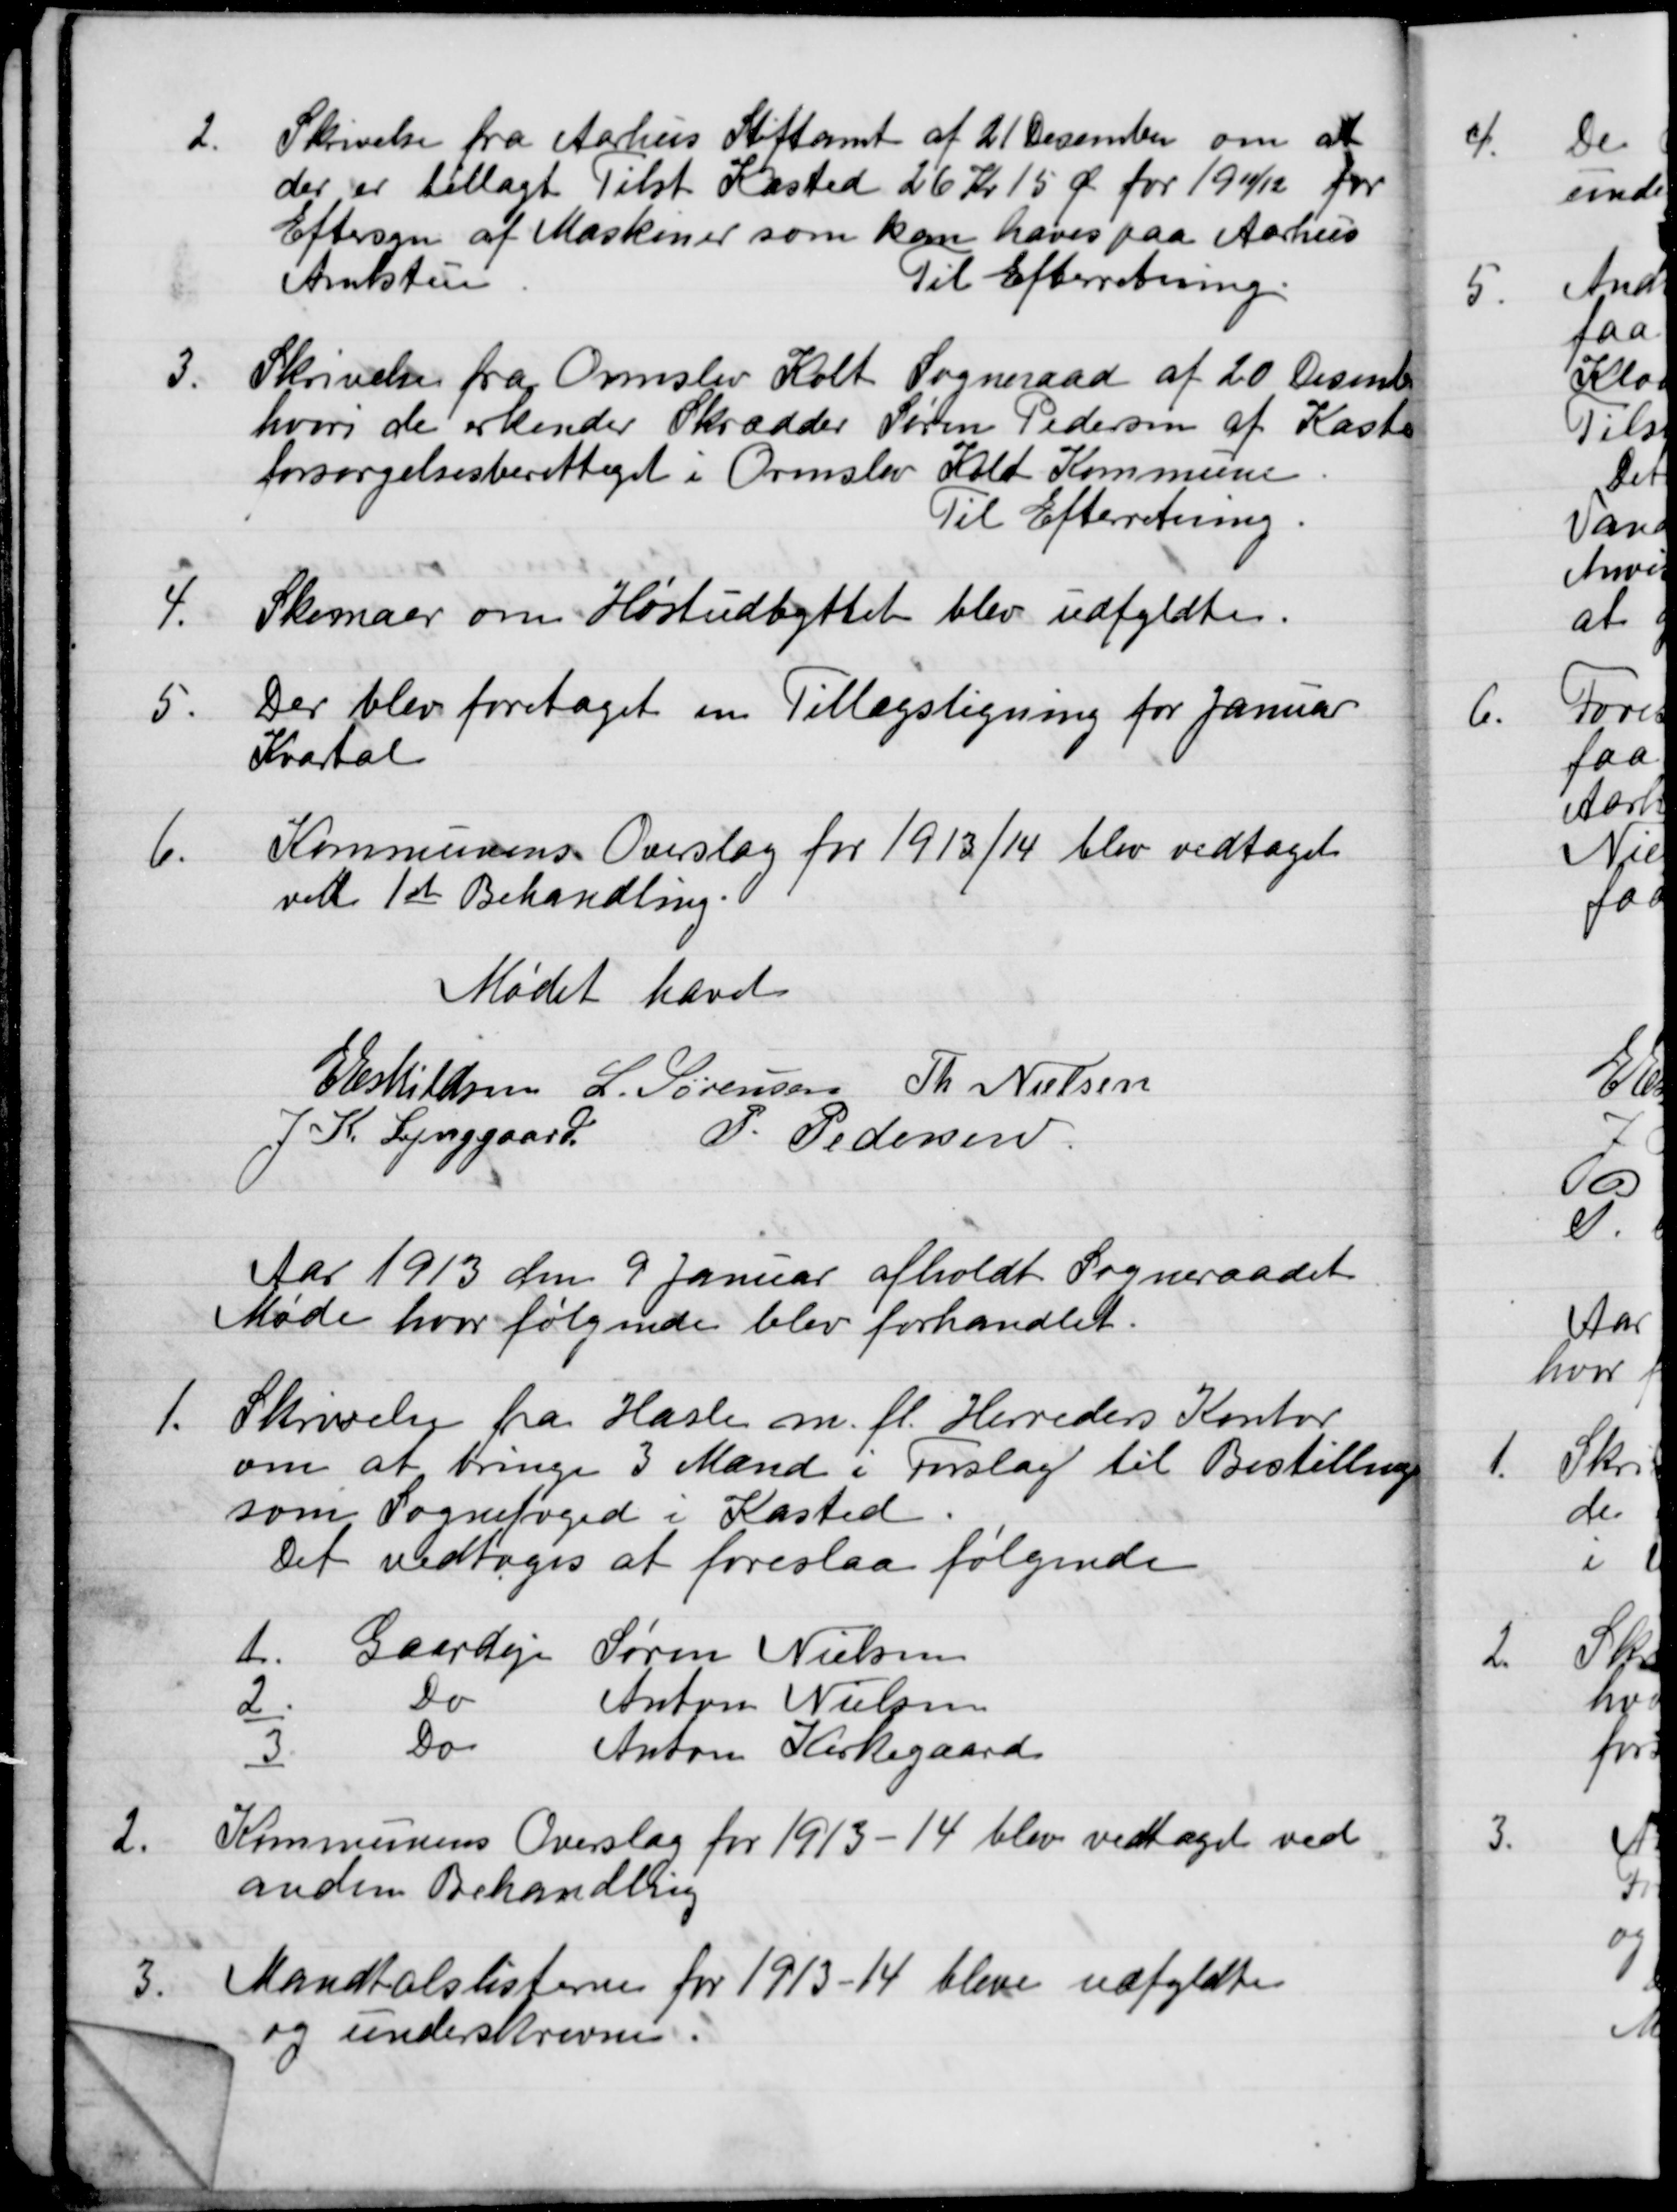
Transskription:
2.
Skrivelse fra Aarhus Stiftamt af 21 December om at
der er tillagt Tilst Kasted 26 Kr 15 Ør for 1911/12 for
Eftersyn af Maskiner som kan hæves paa Aarhus
Amtstue
Til Efterretning.
3.
Skrivelse fra Ormslev Kolt Sogneraad af 20 December
hvori de erkender Skrædder Søren Pedersen af Kaste
forsørgelsesberettiget i Ormslev Kolt Kommune
Til Efterretning.
4.
Skemaer om Høstudbyttet blev udfyldte.
5.
Der blev foretaget en Tillægsligning for Januar
Kvartal
6.
Kommunens Overslag for 1913/14 blev vedtaget
ved 1ste Behandling.
Mødet hævet
E Eskildsen
L. Sørensen
Th. Nielsen
J. K. Lynggaard
P. Pedersen
Aar 1913 den 9 Januar afholdt Sogneraadet
Møde hvor følgende blev forhandlet.
1.
Skrivelse fra Hasle m. fl. Herreders Kontor
om at bringe 3 Mænd i Forslag til Bestilling
som Sognefoged i Kasted
Det vedtoges at foreslaa følgende
1
Gaardejer
Søren Nielsen
2
Do
Anton Nielsen
3
Do
Anton Kirkegaard
2.
Kommunens Overslag for 1913-14 blev vedtaget ved
anden Behandling
3.
Mandtalslisterne for 1913-14 bleve udfyldte
og underskrevne.